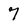
Character: 7